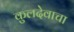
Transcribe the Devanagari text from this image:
कुलदेवाचा